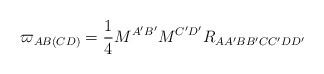
\begin{align*}\varpi _{AB(CD)}=\frac{1}{4}M^{A^{\prime }B^{\prime }}M^{C^{\prime}D^{\prime }}R_{AA^{\prime }BB^{\prime }CC^{\prime }DD^{\prime }}\end{align*}